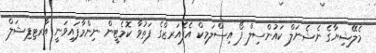
މެލޭޝިޔާގެ ނެޝެނަލް ކައުންސިލް ފޯ އިސްލަމިކް އެފެއަރޒްގެ ފަތުވާ ކޮމެޓީން ނިންމާފައިވަނީ އާރޓިފިޝަލް